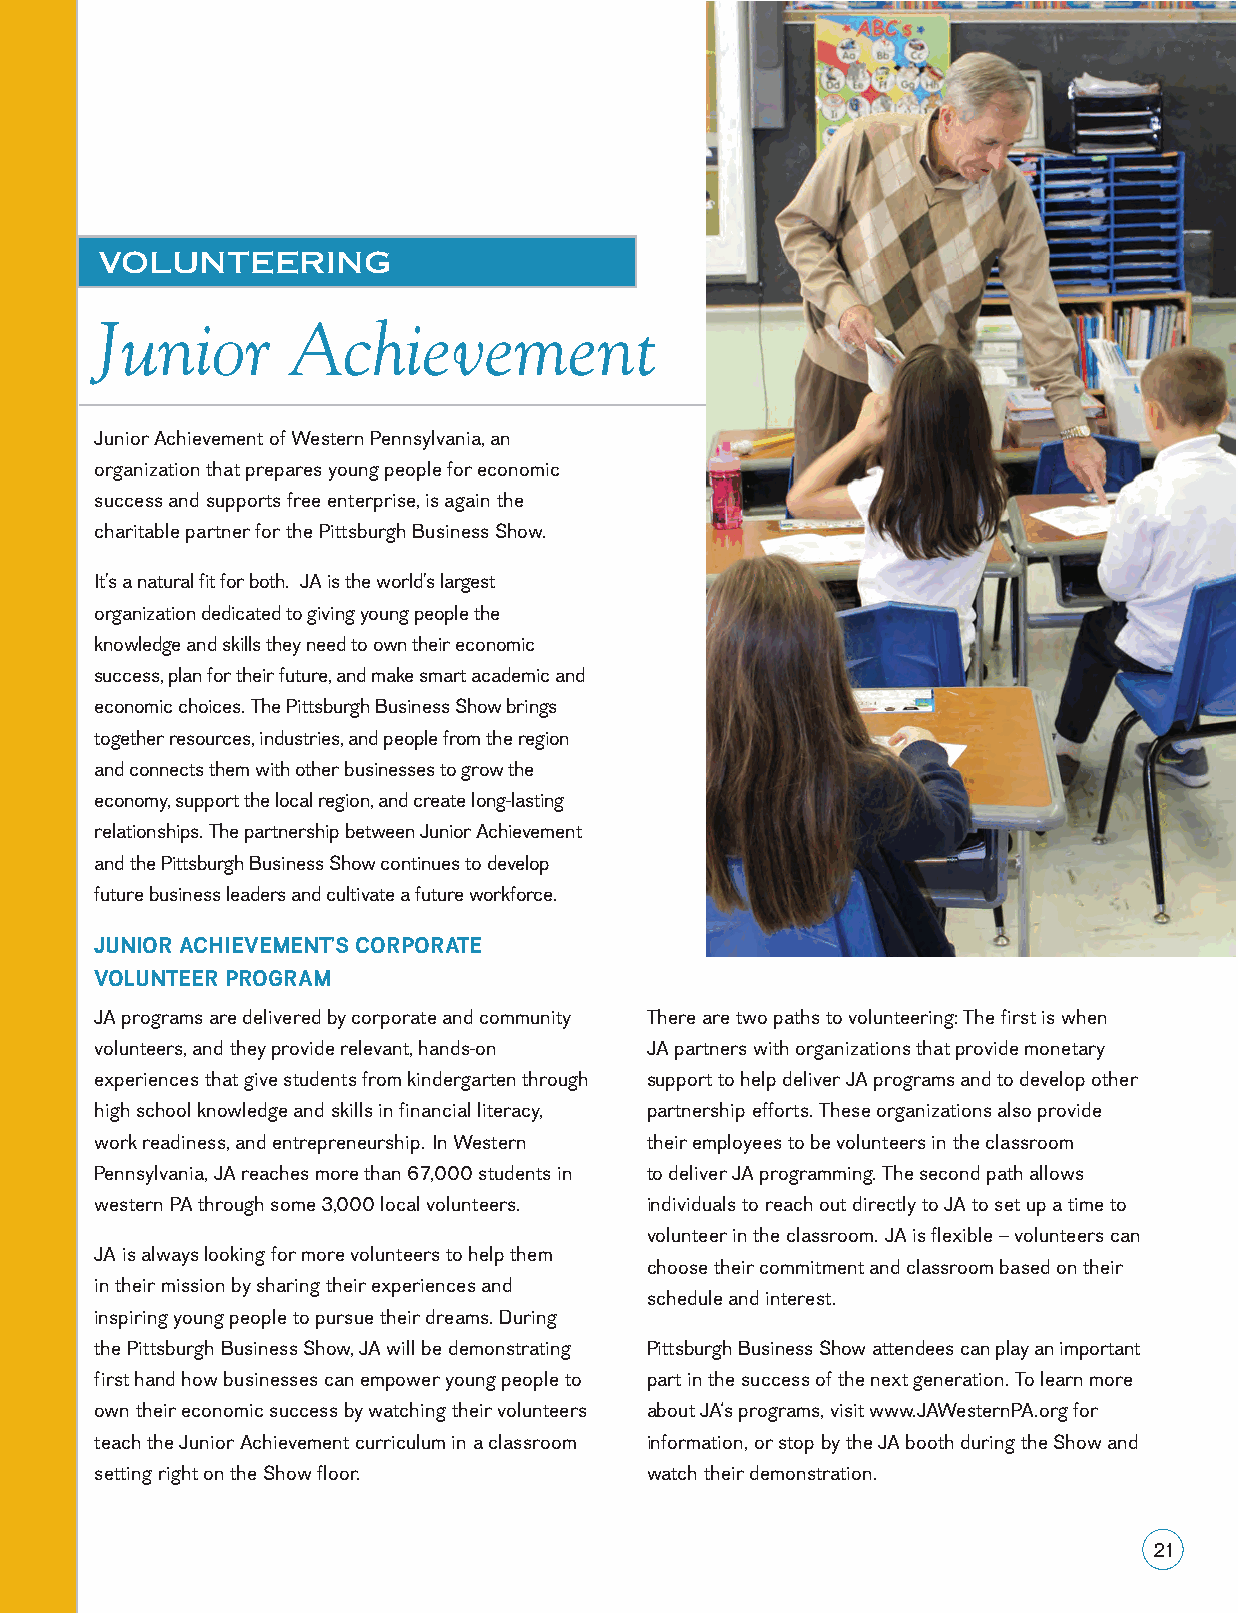
VOLUNTEERING
 Junior       Achievement
 Junior Achievement of Western Pennsylvania, an
 organization that prepares young people for economic
 success and supports free enterprise, is again the
 charitable partner for the Pittsburgh Business Show.
 It’s a natural fit for both. JA is the world’s largest
 organization dedicated to giving young people the
 knowledge and skills they need to own their economic
 success, plan for their future, and make smart academic and
 economic choices. The Pittsburgh Business Show brings
 together resources, industries, and people from the region
 and connects them with other businesses to grow the
 economy, support the local region, and create long-lasting
 relationships. The partnership between Junior Achievement
 and the Pittsburgh Business Show continues to develop
 future business leaders and cultivate a future workforce.
 JUNIOR ACHIEVEMENT’S CORPORATE
 VOLUNTEER PROGRAM
 JA programs are delivered by corporate and community There are two paths to volunteering: The first is when
 volunteers, and they provide relevant, hands-on JA partners with organizations that provide monetary
 experiences that give students from kindergarten through support to help deliver JA programs and to develop other
 high school knowledge and skills in financial literacy, partnership efforts. These organizations also provide
 work readiness, and entrepreneurship. In Western their employees to be volunteers in the classroom
 Pennsylvania, JA reaches more than 67,000 students in to deliver JA programming. The second path allows
 western PA through some 3,000 local volunteers. individuals to reach out directly to JA to set up a time to
 volunteer in the classroom. JA is flexible – volunteers can
 JA is always looking for more volunteers to help them
 choose their commitment and classroom based on their
 in their mission by sharing their experiences and
 schedule and interest.
 inspiring young people to pursue their dreams. During
 the Pittsburgh Business Show, JA will be demonstrating Pittsburgh Business Show attendees can play an important
 first hand how businesses can empower young people to part in the success of the next generation. To learn more
 own their economic success by watching their volunteers about JA‘s programs, visit www.JAWesternPA.org for
 teach the Junior Achievement curriculum in a classroom information, or stop by the JA booth during the Show and
 setting right on the Show floor.     watch their demonstration.
 2211